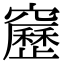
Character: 𥨻